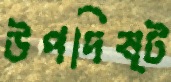
উপদিষ্ট